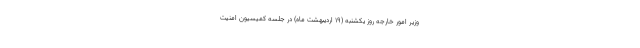
وزیر امور خارجه روز یکشنبه (۱۹ اردیبهشت ماه) در جلسه کمیسیون امنیت